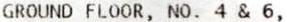
GROUND FLOOR, NO. 4 & 6,